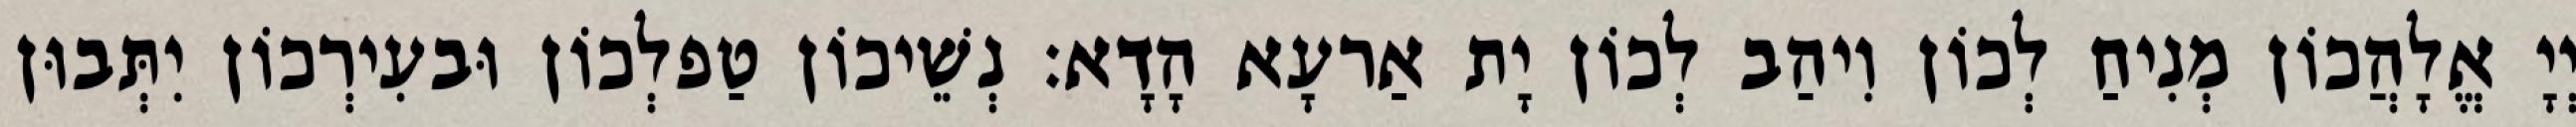
יְיָ אֱלָהֲכוֹן מְנִיחַ לְכוֹן וִיהַב לְכוֹן יָת אַרעָא הָדָא׃ נְשֵׁיכוֹן טַפלְכוֹן וּבעִירְכוֹן יִתְּבוּן